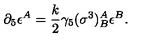
\partial _ { 5 } \epsilon ^ { A } = \frac { k } { 2 } \gamma _ { 5 } ( \sigma ^ { 3 } ) _ { B } ^ { A } \epsilon ^ { B } .